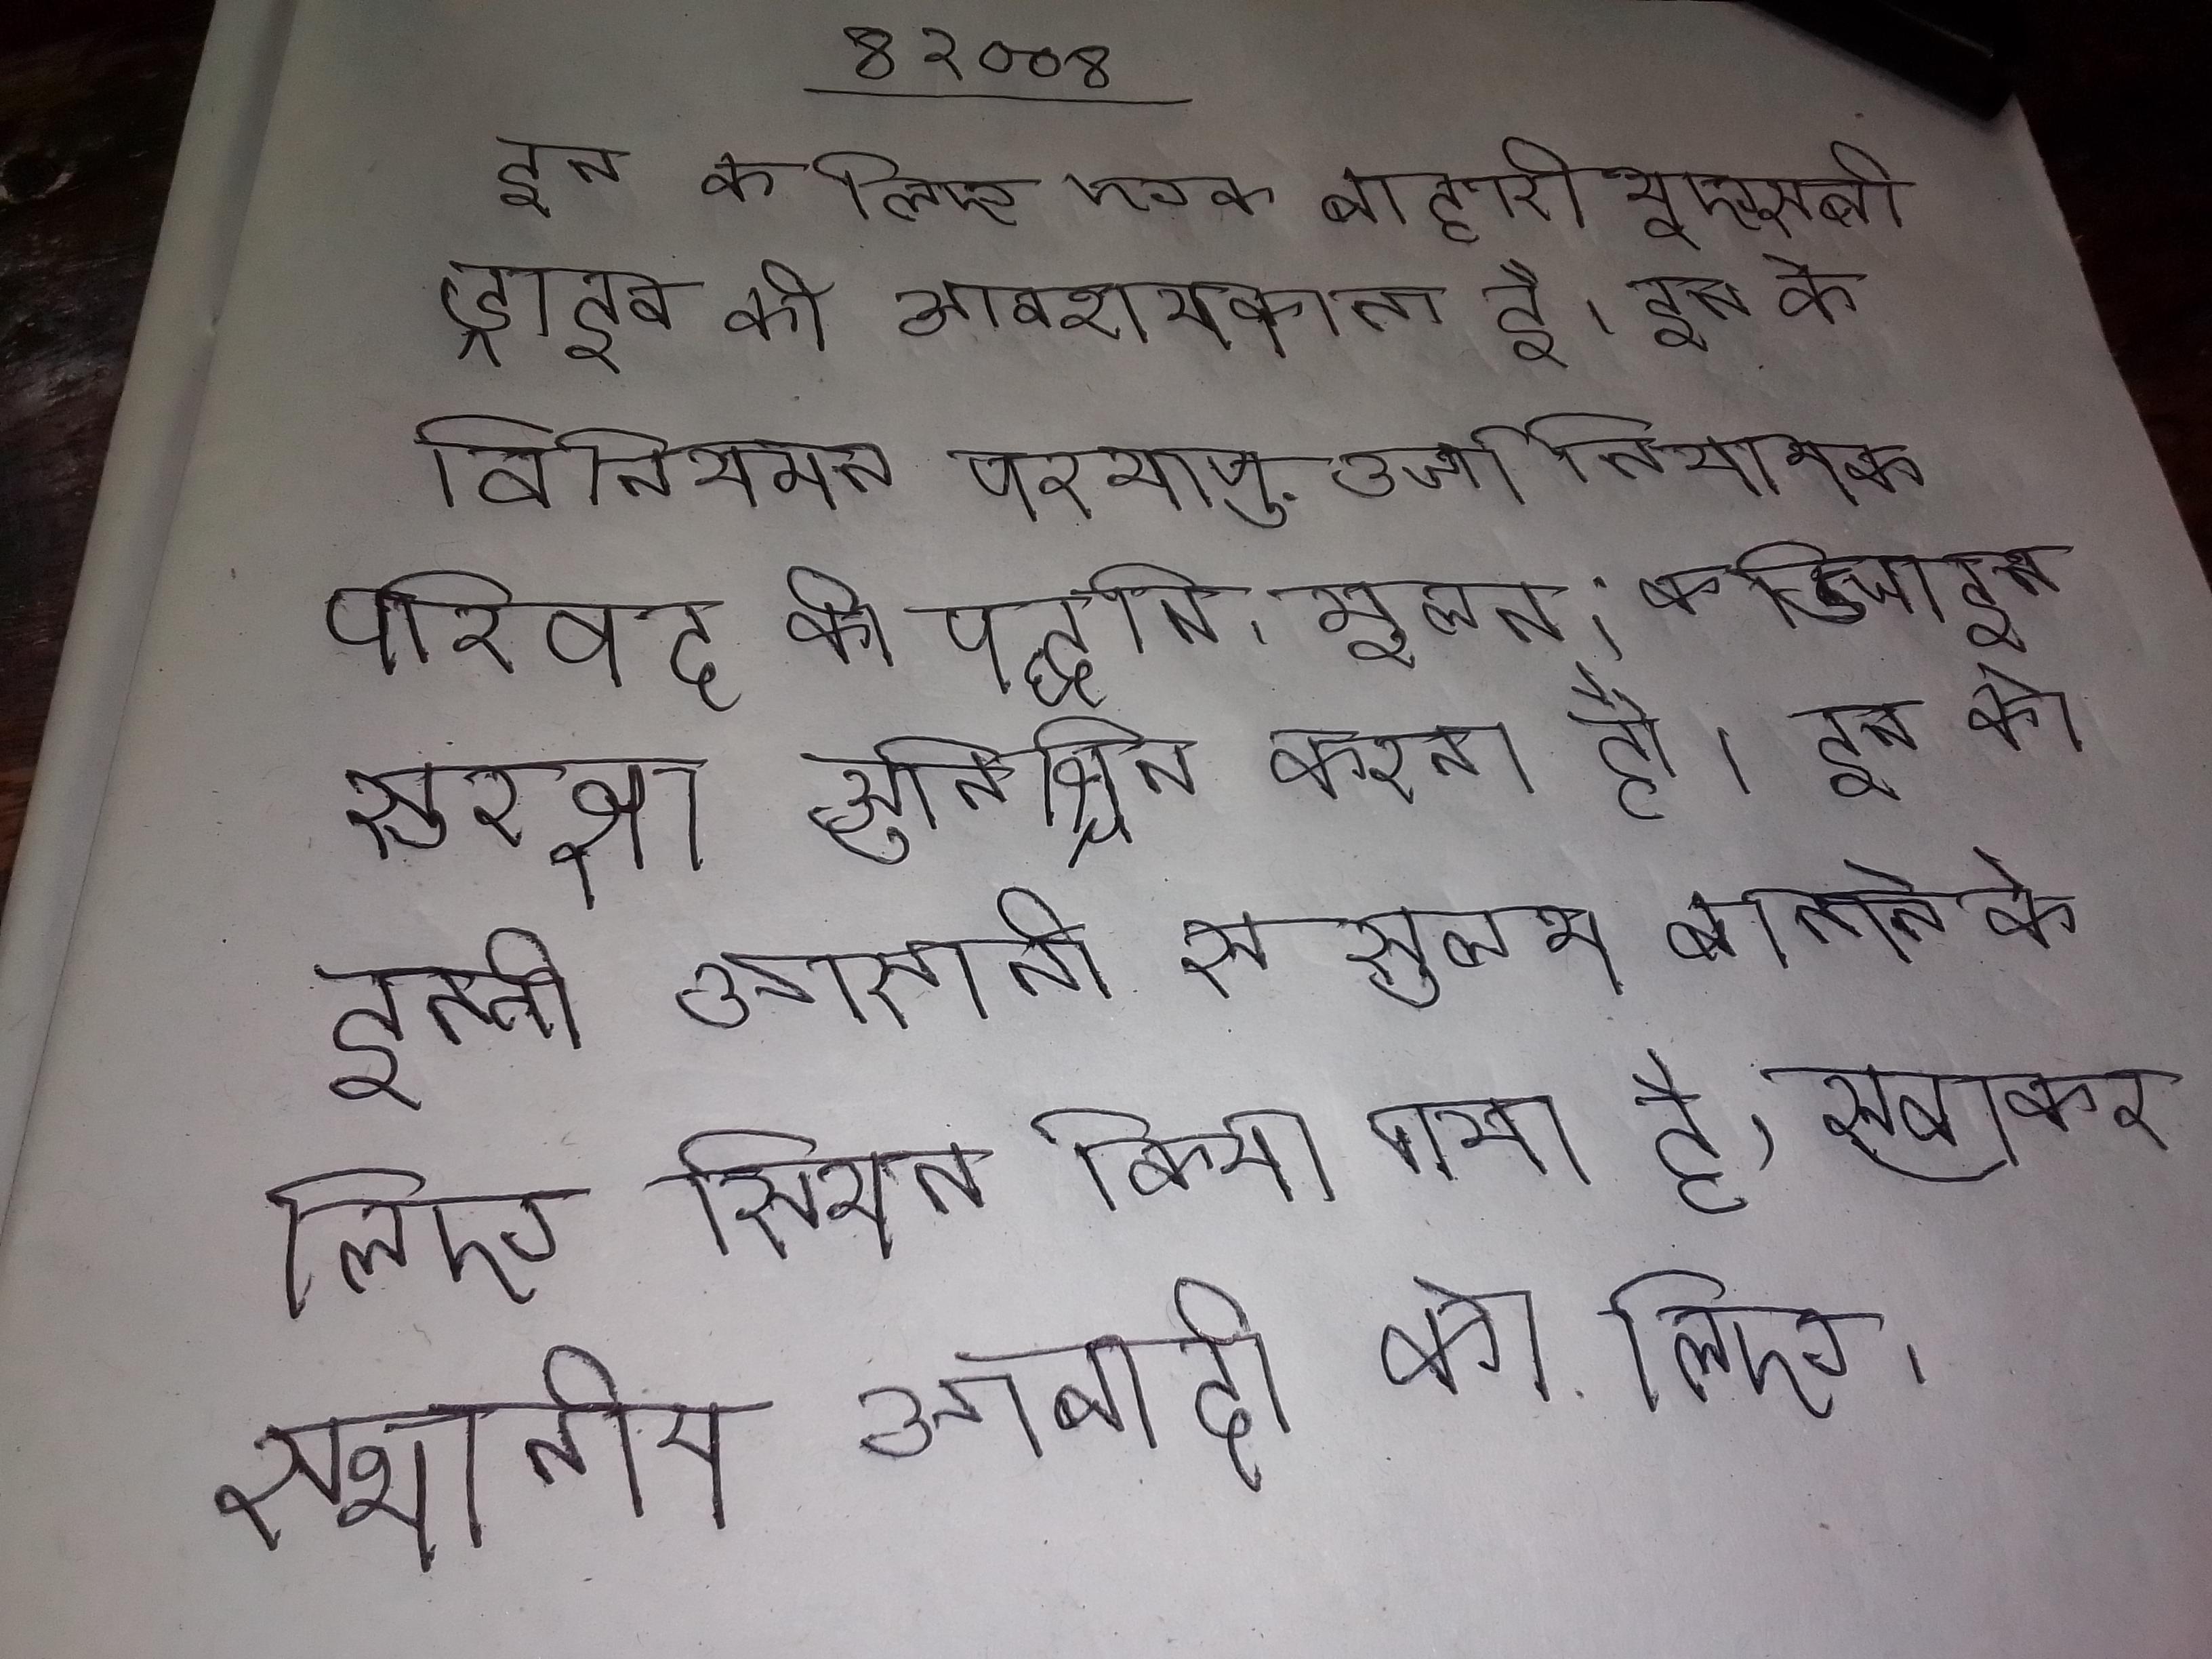
इन के लिए एक बाहरी यूएसबी ड्राइव की आवश्यकता है । इन के विनियमन परमाणु उर्जा नियामक परिषद की पद्धति, मूलत: के डिजाइन सुरक्षा सुनिश्चित करना है । इन को इतनी आसानी से सुलभ बनाने के लिए स्थित किया गया है, खासकर स्थानीय आबादी के लिए ।